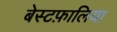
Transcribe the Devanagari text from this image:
बेस्टफ़ालिया